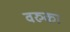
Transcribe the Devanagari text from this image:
वरुका